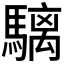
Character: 𩥬